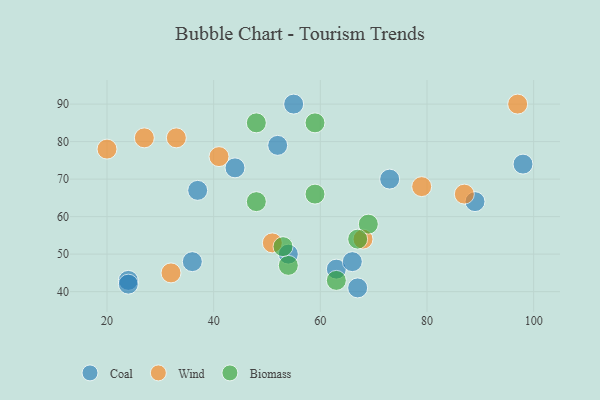
{"axis": {"x": "GDP", "y": "Life Expectancy"}, "legend": ["Biomass", "Coal", "Wind"], "data": [{"x": "52", "y": 79, "type": "Coal"}, {"x": "63", "y": 46, "type": "Coal"}, {"x": "24", "y": 43, "type": "Coal"}, {"x": "54", "y": 50, "type": "Coal"}, {"x": "55", "y": 90, "type": "Coal"}, {"x": "98", "y": 74, "type": "Coal"}, {"x": "67", "y": 41, "type": "Coal"}, {"x": "73", "y": 70, "type": "Coal"}, {"x": "36", "y": 48, "type": "Coal"}, {"x": "44", "y": 73, "type": "Coal"}, {"x": "89", "y": 64, "type": "Coal"}, {"x": "24", "y": 42, "type": "Coal"}, {"x": "66", "y": 48, "type": "Coal"}, {"x": "37", "y": 67, "type": "Coal"}, {"x": "27", "y": 81, "type": "Wind"}, {"x": "51", "y": 53, "type": "Wind"}, {"x": "68", "y": 54, "type": "Wind"}, {"x": "41", "y": 76, "type": "Wind"}, {"x": "87", "y": 66, "type": "Wind"}, {"x": "32", "y": 45, "type": "Wind"}, {"x": "33", "y": 81, "type": "Wind"}, {"x": "97", "y": 90, "type": "Wind"}, {"x": "20", "y": 78, "type": "Wind"}, {"x": "79", "y": 68, "type": "Wind"}, {"x": "54", "y": 47, "type": "Biomass"}, {"x": "69", "y": 58, "type": "Biomass"}, {"x": "48", "y": 85, "type": "Biomass"}, {"x": "59", "y": 85, "type": "Biomass"}, {"x": "53", "y": 52, "type": "Biomass"}, {"x": "63", "y": 43, "type": "Biomass"}, {"x": "48", "y": 64, "type": "Biomass"}, {"x": "59", "y": 66, "type": "Biomass"}, {"x": "67", "y": 54, "type": "Biomass"}]}